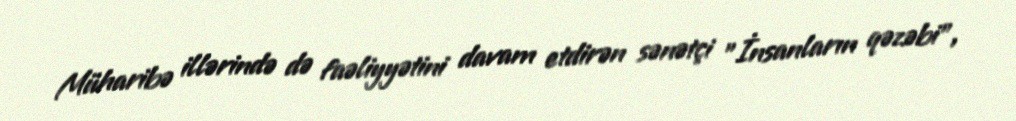
Müharibə illərində də faəliyyətini davam etdirən sənətçi "İnsanların qəzəbi",